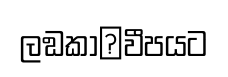
ලඞකා෾වීපයට